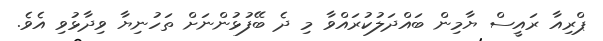
ޕްރިއާ ރައީސް ޔާމިން ބައްދަލުކުރައްވާ މި ދެ ބޭފުޅުންނަށް ތަހުނިޔާ ވިދާޅުވި އެވެ.